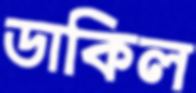
ডাকিল